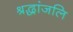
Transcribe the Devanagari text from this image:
श्रद्धांजलि